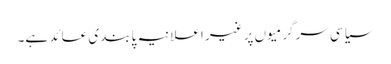
سیاسی سرگرمیوں پر غیر اعلانیہ پابندی عائد ہے۔